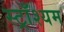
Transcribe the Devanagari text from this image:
स्ट्राँश्यम